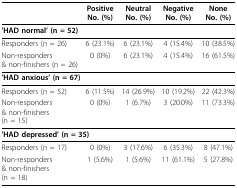
<table><thead><tr><td></td><td><b>PositiveNo. (%)</b></td><td><b>NeutralNo. (%)</b></td><td><b>NegativeNo. (%)</b></td><td><b>NoneNo. (%)</b></td></tr></thead><tbody><tr><td colspan="5"><b>&#x27;HAD normal&#x27; (n = 52)</b></td></tr><tr><td>Responders (n = 26)</td><td>6 (23.1%)</td><td>6 (23.1%)</td><td>4 (15.4%)</td><td>10 (38.5%)</td></tr><tr><td>Non-responders&amp; non-finishers (n = 26)</td><td>0 (0%)</td><td>6 (23.1%)</td><td>4 (15.4%)</td><td>16 (61.5%)</td></tr><tr><td colspan="5"><b>&#x27;HAD anxious&#x27; (n = 67)</b></td></tr><tr><td>Responders (n = 52)</td><td>6 (11.5%)</td><td>14 (26.9%)</td><td>10 (19.2%)</td><td>22 (42.3%)</td></tr><tr><td>Non-responders&amp; non-finishers(n = 15)</td><td>0 (0%)</td><td>1 (6.7%)</td><td>3 (20.0%)</td><td>11 (73.3%)</td></tr><tr><td colspan="5"><b>&#x27;HAD depressed&#x27; (n = 35)</b></td></tr><tr><td>Responders (n = 17)</td><td>0 (0%)</td><td>3 (17.6%)</td><td>6 (35.3%)</td><td>8 (47.1%)</td></tr><tr><td>Non-responders&amp; non-finishers(n = 18)</td><td>1 (5.6%)</td><td>1 (5.6%)</td><td>11 (61.1%)</td><td>5 (27.8%)</td></tr></tbody></table>